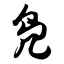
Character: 凫